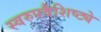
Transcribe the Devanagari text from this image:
स्वरुपवैशिष्ट्ये